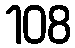
108